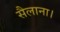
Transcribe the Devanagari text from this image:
सैलाना।